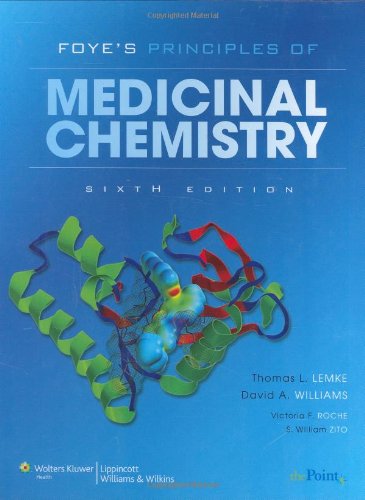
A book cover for Foye's Principles of Medicinal Chemistry (Lemke, Foye's Principles of Medicinal Chemistry); Medical Books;